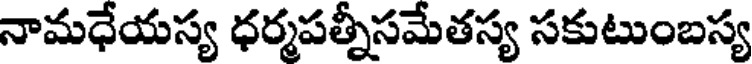
నామధేయస్య ధర్మపత్నీసమేతస్య సకుటుంబస్య